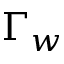
\Gamma _ { w }